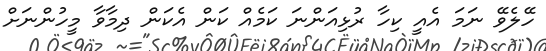
ހޭލެވޭ ނަމަ އެއީ ކިހާ ރުޅިއަންނަ ކަމެއް ކަން އެކަން ދިމާވާ މީހުންނަށް